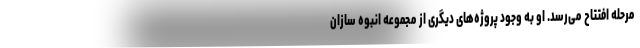
مرحله افتتاح می‌رسد. او به وجود پروژه‌های دیگری از مجموعه انبوه سازان